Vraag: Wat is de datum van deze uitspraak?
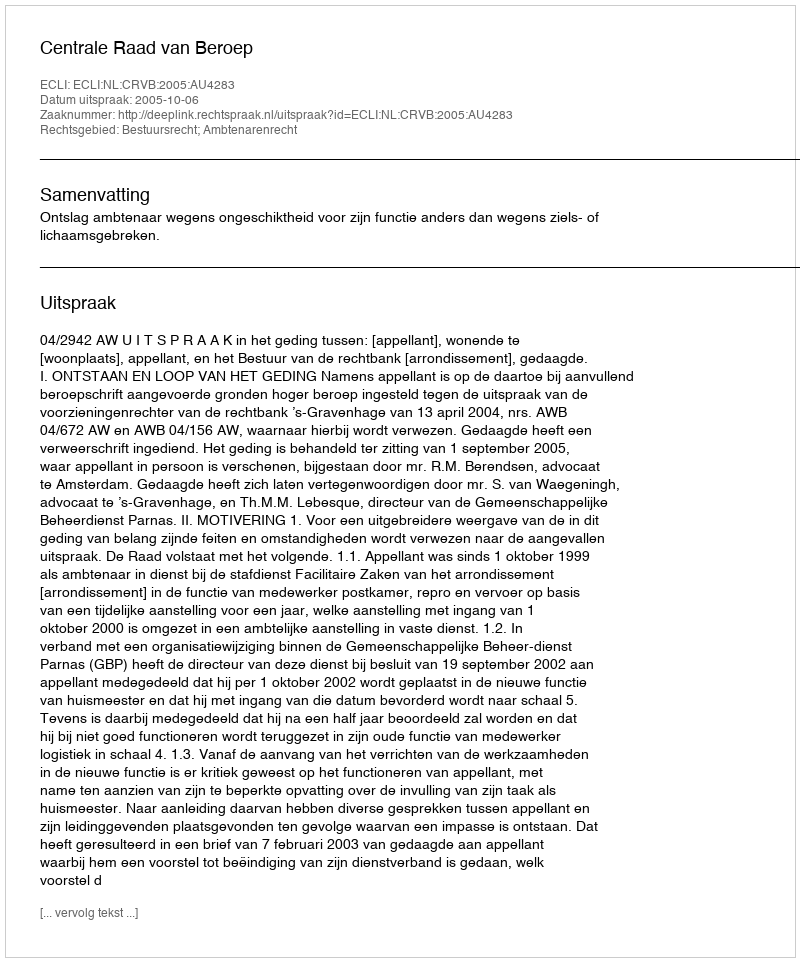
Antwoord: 2005-10-06